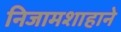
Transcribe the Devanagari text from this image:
निजामशाहाने